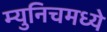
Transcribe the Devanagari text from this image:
म्युनिचमध्ये